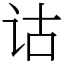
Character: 诂